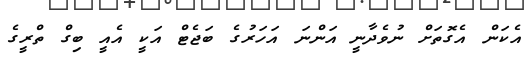
އެކަން އެގޮތަށް ނުވެދާނީ އަންނަ އަހަރުގެ ބަޖެޓް އަކީ އެއީ ބިގް ތްރީގެ